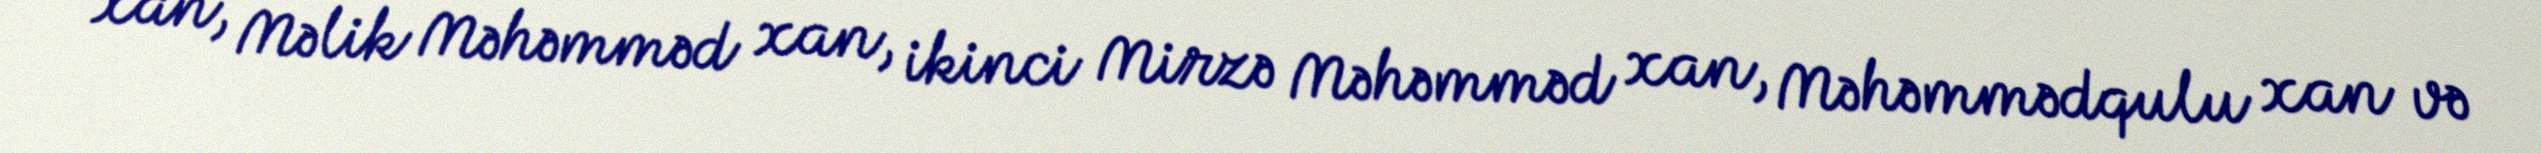
xan, Məlik Məhəmməd xan, ikinci Mirzə Məhəmməd xan, Məhəmmədqulu xan və